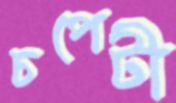
চপেটী